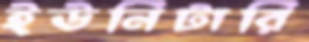
ইউনিটারি